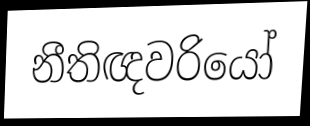
නීතිඥවරියෝ